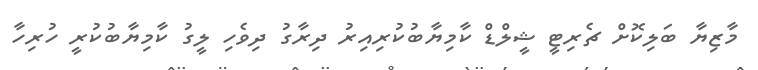
މާޒިޔާ ބަލިކޮށް ޗެރިޓީ ޝީލްޑް ކާމިޔާބުކުރިއިރު ދިރާގު ދިވެހި ލީގު ކާމިޔާބުކުރީ ހުރިހާ